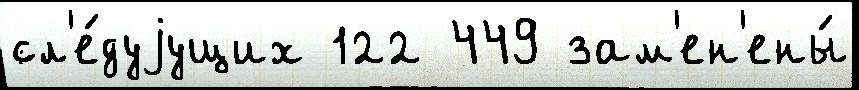
сл'е́дуjущих 122 449 зам'ен'ены́